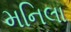
મનિલા